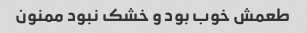
طعمش خوب بود و خشک نبود ممنون